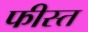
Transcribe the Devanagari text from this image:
फीस्त